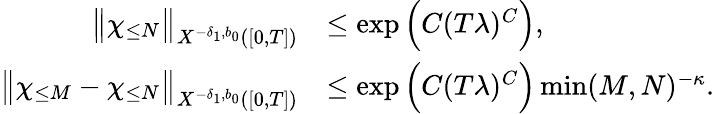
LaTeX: \begin{array}{rl}{\big\| \chi_{\leq N}\big\| _{X^{-\delta_{1},b_{0}}([0,T])}}&{\leq\exp\Big(C(T\lambda)^{C}\Big),}\\ {\big\| \chi_{\leq M}-\chi_{\leq N}\big\| _{X^{-\delta_{1},b_{0}}([0,T])}}&{\leq\exp\Big(C(T\lambda)^{C}\Big)\operatorname*{min}(M,N)^{-\kappa}.}\end{array}